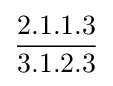
{\frac {2.1.1.3}{3.1.2.3}}